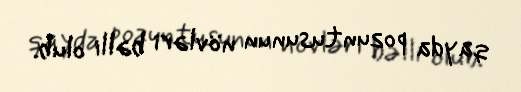
qayda pozuntusunun növləri bəlli olub.